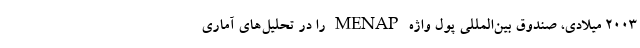
۲۰۰۳ میلادی، صندوق بین‌المللی پول واژه MENAP را در تحلیل‌های آماری